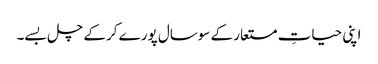
اپنی حیاتِ مستعار کے سوسال پورے کرکے چل بسے۔